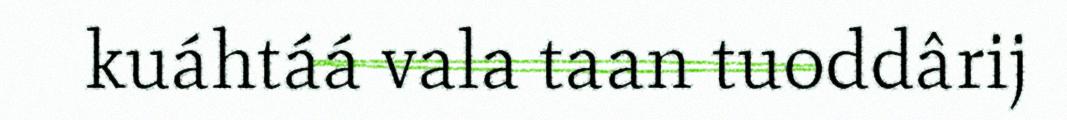
kuáhtáá vala taan tuoddârij